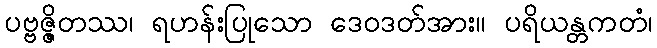
ပဗ္ဗဇ္ဇိတဿ၊ ရဟန်းပြုသော ဒေဝဒတ်အား။ ပရိယန္တကတံ၊